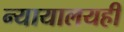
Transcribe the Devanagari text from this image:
न्यायालयही